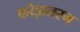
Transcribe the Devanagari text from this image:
कोड़ातरन